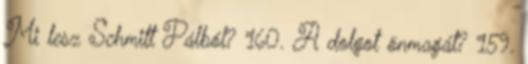
Mi lesz Schmitt Pálból? 160. A dolgot önmagát? 159.